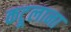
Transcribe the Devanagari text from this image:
कटूलाना